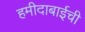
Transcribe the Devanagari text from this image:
हमीदाबाईची